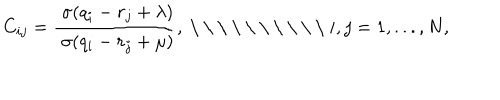
C _ { i j } = \frac { \; \sigma ( q _ { i } - r _ { j } + \lambda ) } { \; \sigma ( q _ { i } - r _ { j } + \mu ) } , \mathrm { ~ \ \ ~ } i , j = 1 , . . . , N ,